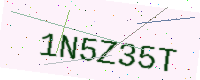
Text: 1N5Z35T